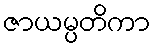
ဇာယမ္ပတိကာ